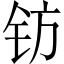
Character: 钫